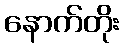
နောက်တိုး